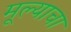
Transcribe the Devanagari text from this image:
मूल्याचा